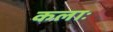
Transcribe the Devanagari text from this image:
कलाः